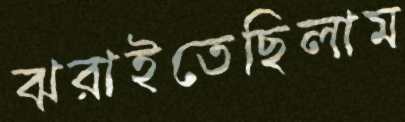
ঝরাইতেছিলাম